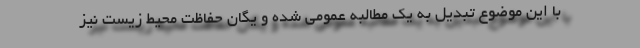
با این موضوع تبدیل به یک مطالبه عمومی شده و یگان حفاظت محیط زیست نیز